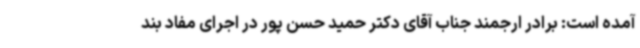
آمده است: برادر ارجمند جناب آقای دکتر حمید حسن پور در اجرای مفاد بند